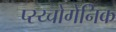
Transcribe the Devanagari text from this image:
प्स्य्चोगेनिक